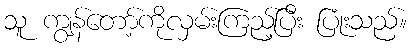
သူ ကျွန်တော့်ကိုလှမ်းကြည့်ပြီး ပြုံးသည်။